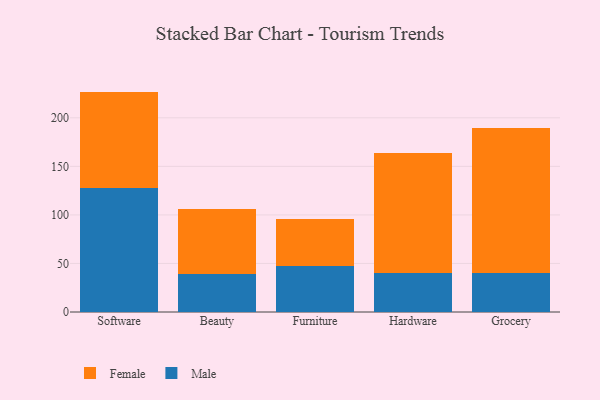
{"axis": {"x": "Category", "y": "Shipments"}, "legend": ["Female", "Male"], "data": [{"x": "Software", "y": 127.3, "type": "Male"}, {"x": "Software", "y": 99.7, "type": "Female"}, {"x": "Beauty", "y": 38.8, "type": "Male"}, {"x": "Beauty", "y": 66.9, "type": "Female"}, {"x": "Furniture", "y": 47.8, "type": "Male"}, {"x": "Furniture", "y": 47.9, "type": "Female"}, {"x": "Hardware", "y": 39.9, "type": "Male"}, {"x": "Hardware", "y": 124.1, "type": "Female"}, {"x": "Grocery", "y": 40.4, "type": "Male"}, {"x": "Grocery", "y": 149.3, "type": "Female"}]}